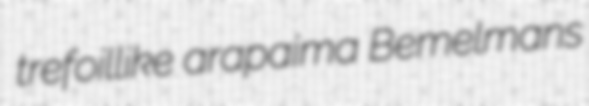
trefoillike arapaima Bemelmans